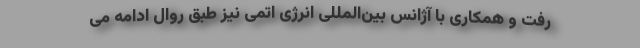
رفت و همکاری با آژانس بین‌المللی انرژی اتمی نیز طبق روال ادامه می